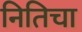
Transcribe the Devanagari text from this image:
नितिचा